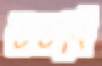
উঠবি